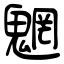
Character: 魍